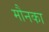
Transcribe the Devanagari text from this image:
मौनका